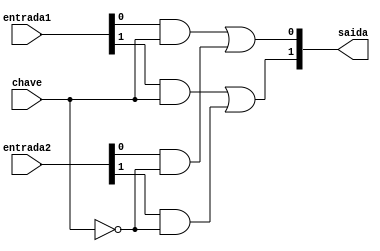
// -- PUC Minas - Instituto de Ciencias Exatas e Informatica
// -- Ciencia da Computacao - Professor Theldo Cruz
// Nome: ANA CRISTINA PEREIRA TEIXEIRA

// Exemplo0032 - F4 

// -------------------------
// --- selecionador
// -------------------------
module selecionador (output [1:0]saida, input [1:0]entrada1, input [1:0]entrada2, input chave);
	wire [3:0] s1;
	wire saida_not;
	
	not NOT1(saida_not, chave);
	
	and AND1(s1[0], entrada1[0], chave);
	and AND2(s1[1], entrada1[1], chave);
	
	and AND3(s1[2], entrada2[0], saida_not);
	and AND4(s1[3], entrada2[1], saida_not);
	
	or OR1(saida[0], s1[0], s1[2]);
	or OR2(saida[1], s1[1], s1[3]);
	
endmodule // -- selecionador

// -------------------------
// --- f4_gate
// -------------------------
module f4 (output [1:0]s, input [1:0]a, input [1:0]b, input f);
	wire [1:0] saida_and;
	wire [1:0] saida_or;
	
	and AND1(saida_and[0], a[0], b[0]);
	and AND2(saida_and[1], a[1], b[1]);
	
	or OR1(saida_or[0], a[0], b[0]);
	or OR2(saida_or[1], a[1], b[1]);
	
	selecionador SEL1 (s, saida_and, saida_or, f);
	
endmodule // -- f4

// -------------------------
// --- modulo de teste
// -------------------------
module test_f4;
   
   reg  [1:0] x, y;
   reg  f;
   wire [1:0] z;
   
   f4 modulo (z, x, y, f);
   
   // -- parte principal
   initial begin
      $display("Exemplo 0032 - ANA CRISTINA - 427385");
      $display("Test LU's module");
      $display("Legenda da chave: O-OR 1-AND \n");
      
      #1 x = 2'b01; y = 2'b10; f = 0;
      
      $monitor("ch = %1b\t x = %2b\t y = %2b\t s = %3b", f, x, y, z);
      #1 x = 2'b01; y = 2'b10; f = 1;
      #1 x = 2'b11; y = 2'b00; f = 0;
      #1 x = 2'b11; y = 2'b00; f = 1;
      #1 x = 2'b10; y = 2'b10; f = 0;
      #1 x = 2'b10; y = 2'b10; f = 1;
      #1 x = 2'b01; y = 2'b00; f = 0;
      #1 x = 2'b01; y = 2'b00; f = 1;
   end
endmodule // -- test_f4

// -- Testes
// Exemplo 0032 - ANA CRISTINA - 427385
// Test LU's module
// Legenda da chave: O-OR 1-AND
// ch = 0	 x = 01	 y = 10	 s =  11
// ch = 1	 x = 01	 y = 10	 s =  00
// ch = 0	 x = 11	 y = 00	 s =  11
// ch = 1	 x = 11	 y = 00	 s =  00
// ch = 0	 x = 10	 y = 10	 s =  10
// ch = 1	 x = 10	 y = 10	 s =  10
// ch = 0	 x = 01	 y = 00	 s =  01
// ch = 1	 x = 01	 y = 00	 s =  00